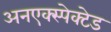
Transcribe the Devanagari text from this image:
अनएक्स्पेक्टेड